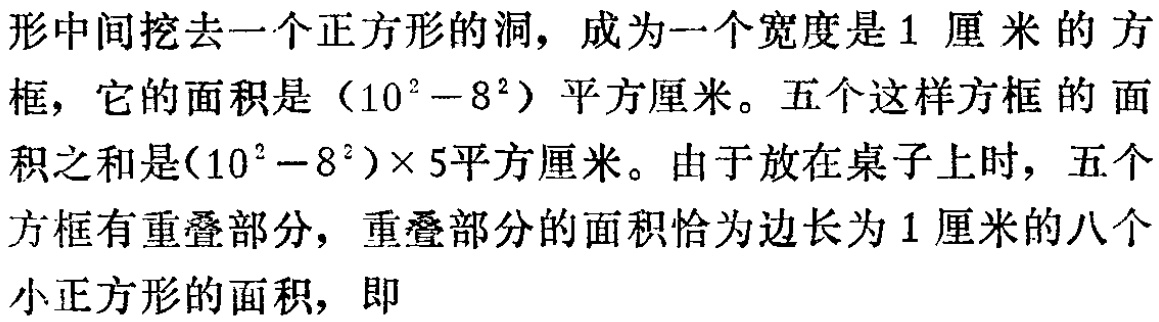
形中间挖去一个正方形的洞，成为一个宽度是1 厘米的方

框，它的面积是（$10^{2}-8^{2}$）平方厘米。五个这样方框 的面

积之和是($10^{2}-8^{2}$)×5平方厘米。由于放在桌子上时，五个

方框有重叠部分，重叠部分的面积恰为边长为1厘米的八个

小正方形的面积，即